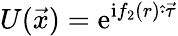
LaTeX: U(\vec{x})={\mathrm{e}}^{\mathrm{i}f_{2}(r)\hat{\cdot}\vec{\tau}}